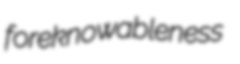
foreknowableness